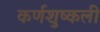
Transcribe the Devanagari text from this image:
कर्णशुष्कली